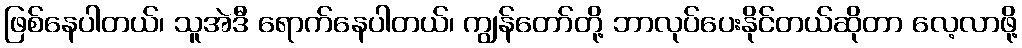
ဖြစ်နေပါတယ်၊ သူအဲဒီ ရောက်နေပါတယ်၊ ကျွန်တော်တို့ ဘာလုပ်ပေးနိုင်တယ်ဆိုတာ လေ့လာဖို့